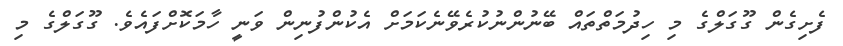
ފެށިގެން ގޫގަލްގެ މި ހިދުމަތްތައް ބޭނުންނުކުރެވޭނެކަމަށް އެކުންފުނިން ވަނީ ހާމަކޮށްފައެވެ. ގޫގަލްގެ މި